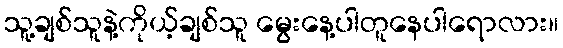
သူ့ချစ်သူနဲ့ကိုယ့်ချစ်သူ မွေးနေ့ပါတူနေပါရောလား။